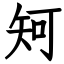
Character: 𥎵